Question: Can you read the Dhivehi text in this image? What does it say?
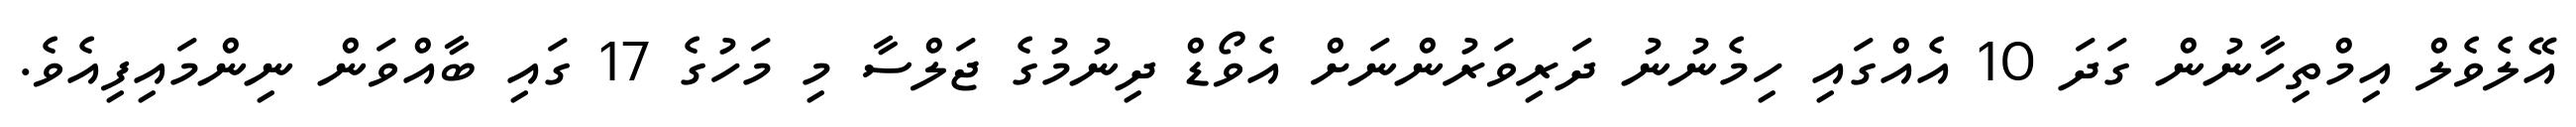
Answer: އޭލެވެލް އިމްތިހާނުން ގަދަ 10 އެއްގައި ހިމެނުނު ދަރިވަރުންނަށް އެވޯޑް ދިނުމުގެ ޖަލްސާ މި މަހުގެ 17 ގައި ބާއްވަން ނިންމައިފިއެވެ.